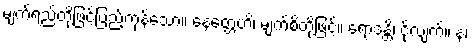
မျက်ရည်တို့ဖြင့်ပြည့်ကုန်သော။ နေတ္တေဟိ၊ မျက်စိတို့ဖြင့်။ ရောဒန္တိ၊ ငိုလျက်။ နံ၊